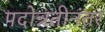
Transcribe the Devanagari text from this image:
पदोन्नतीनंतर